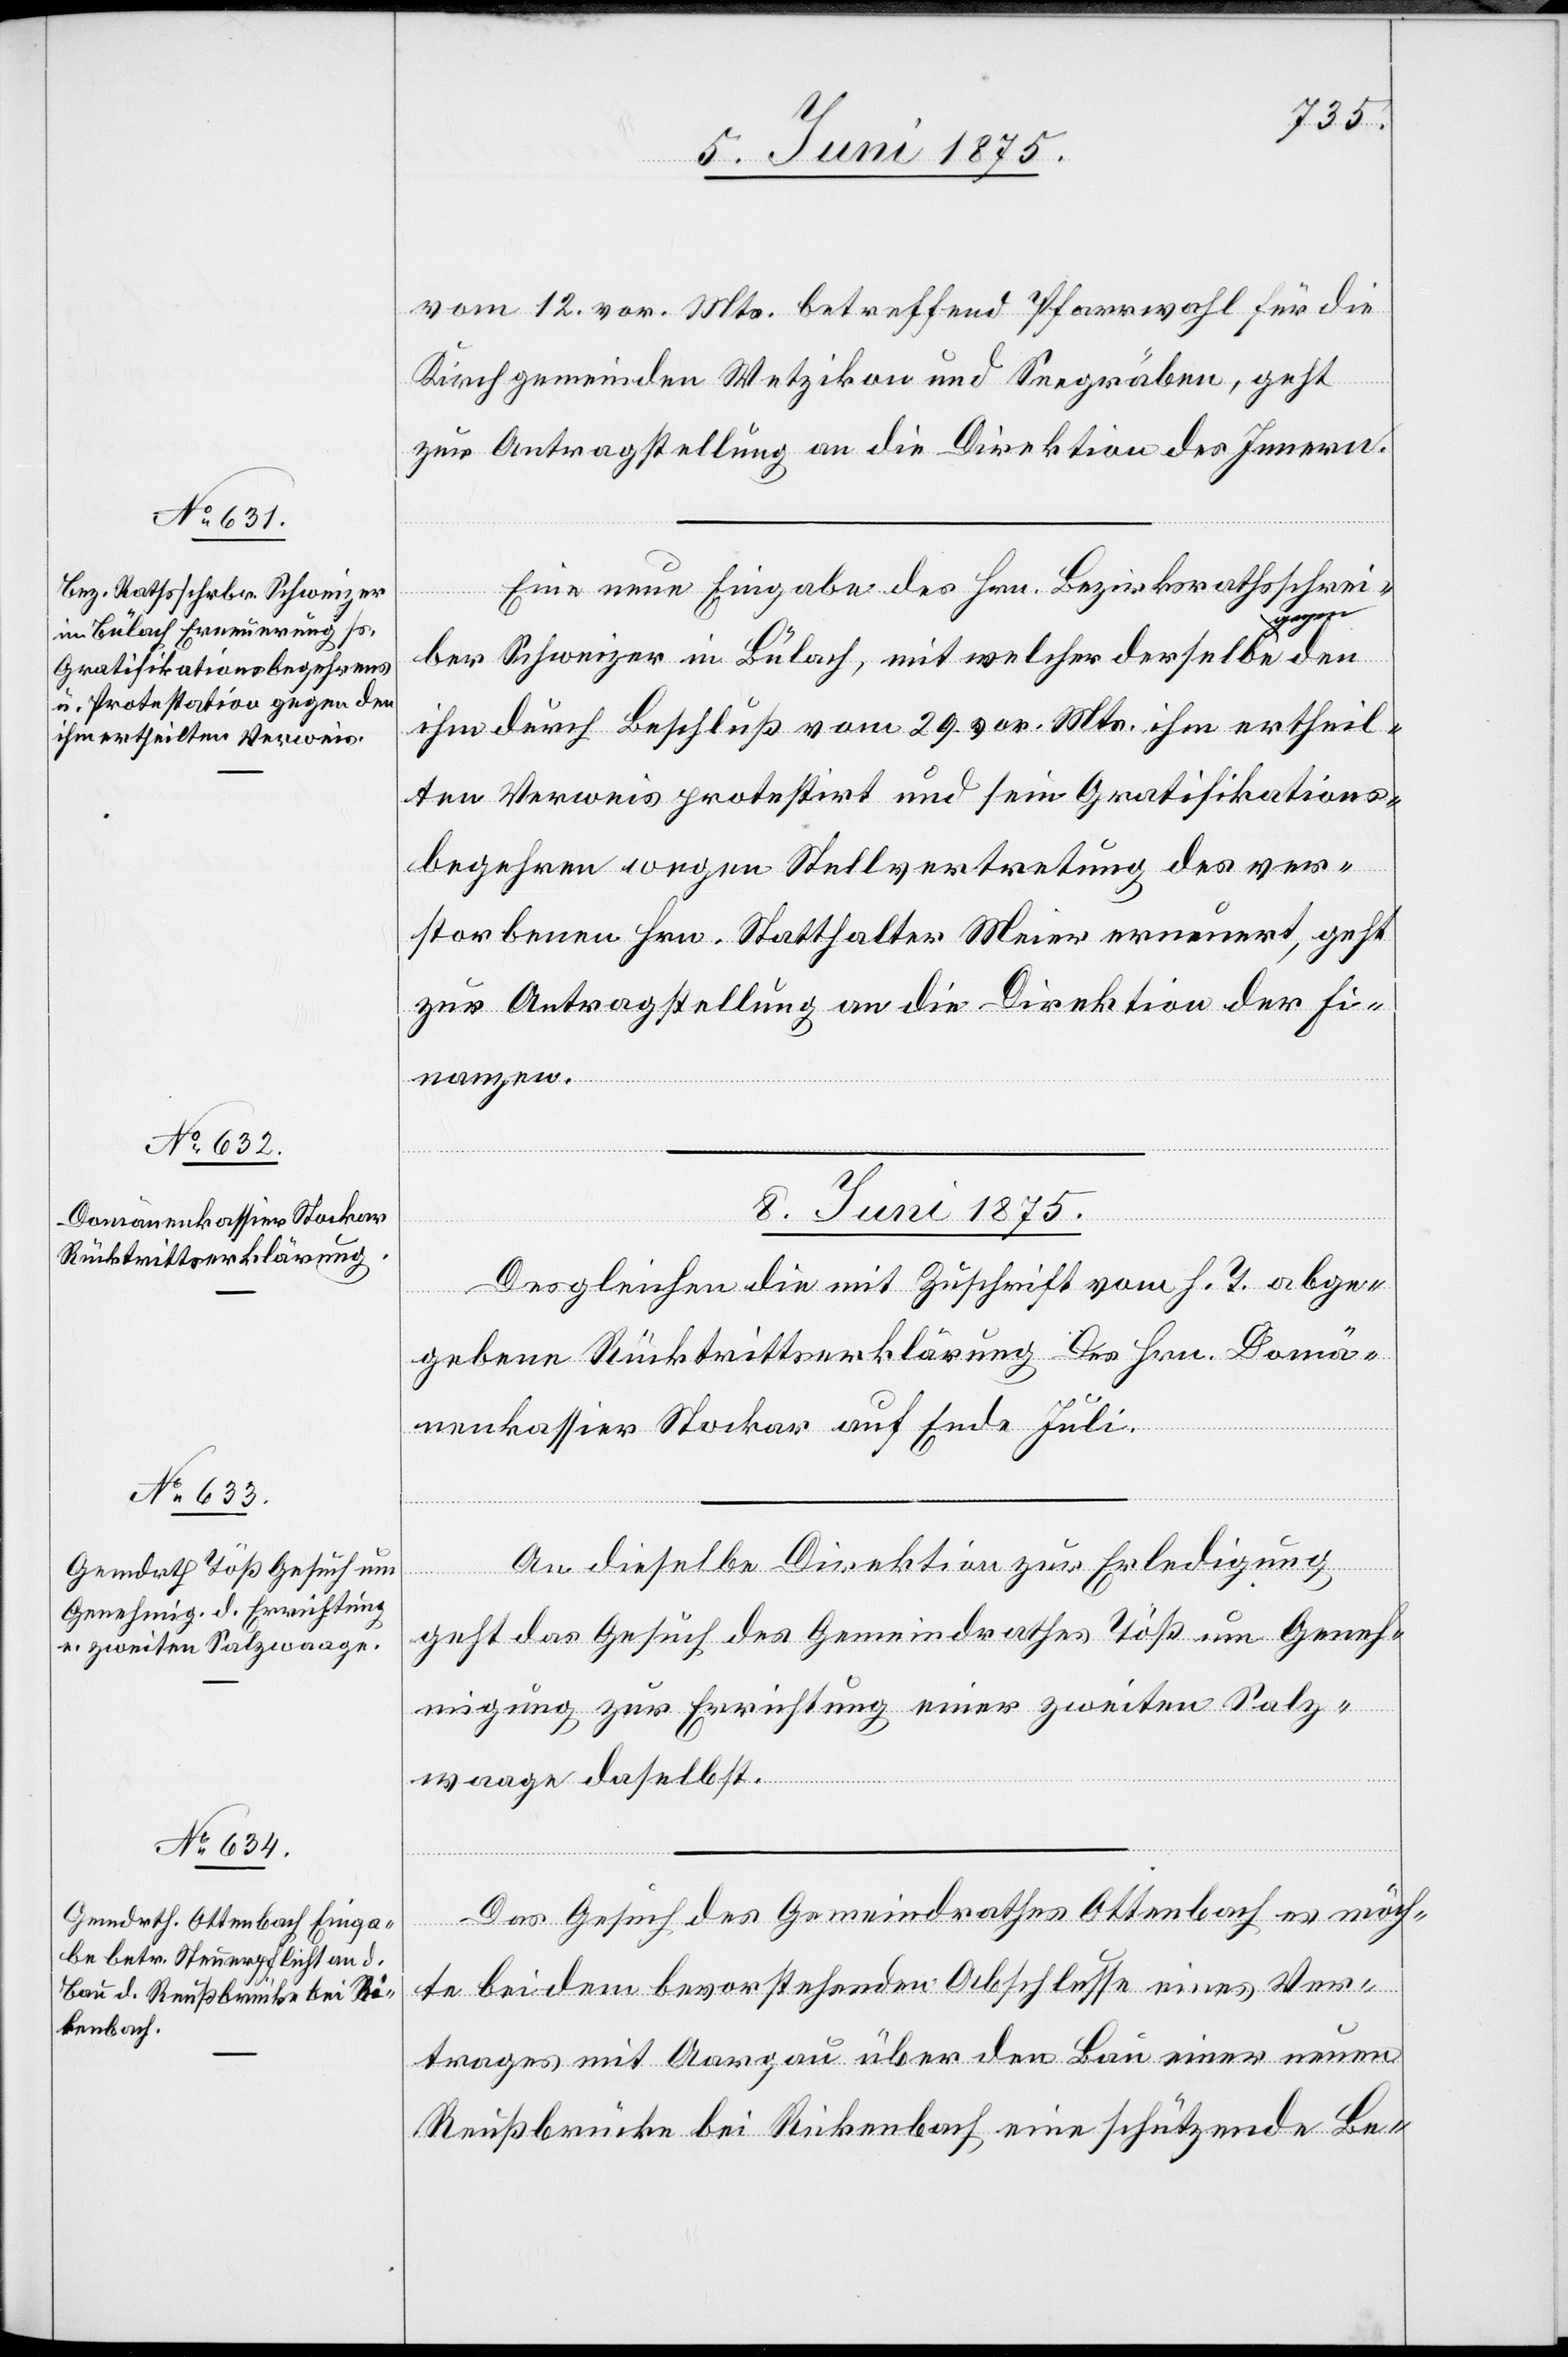
vom 12. vor. Mts. betreffend Pfarrwahl für die
Kirchgemeinden Wetzikon und Seegräben, geht
zur Antragstellung an die Direktion des Innern.
Eine neue Eingabe des Hrn. Bezirksrathsschrei¬
ber Schweizer in Bülach, mit welcher derselbe gegen
ihm durch Beschluß vom 29. vor. Mts. ihm ertheil¬
ten Verweis protestirt und sein Gratifikations¬
begehren wegen Stellvertretung des ver¬
storbenen Hrn. Statthalter Meier ernannt, geht
zur Antragstellung an die Direktion der Fi¬
nanzen.
8. Juni 1875.]
Desgleichen die mit Zuschrift vom h. T. abge¬
gebene Rücktrittserklärung des Hrn. Domä¬
nenkassier Stocker auf Ende Juli.
An dieselbe Direktion zur Erledigung
den
geht das Gesuch des Gemeindrathes Töß um Geneh¬
migung zur Errichtung einer zweiten Salz¬
waage daselbst.
Das Gesuch des Gemeindrathes Ottenbach es möch¬
te beidem bevorstehenden Abschlusse eines Ver¬
trages mit Aargau über den Bau einer neuen
Reußbrücke bei Rickenbach eine schützende Be-